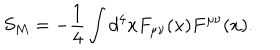
S _ { M } = - \frac { 1 } { 4 } \int d ^ { 4 } x F _ { \mu \nu } ( x ) F ^ { \mu \nu } ( x ) .